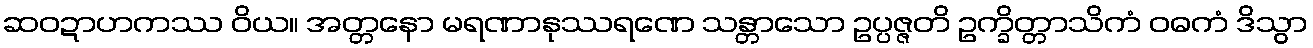
ဆဝဍာဟကဿ ဝိယ။ အတ္တနော မရဏာနုဿရဏေ သန္တာသော ဥပ္ပဇ္ဇတိ ဥက္ခိတ္တာသိကံ ဝဓကံ ဒိသွာ